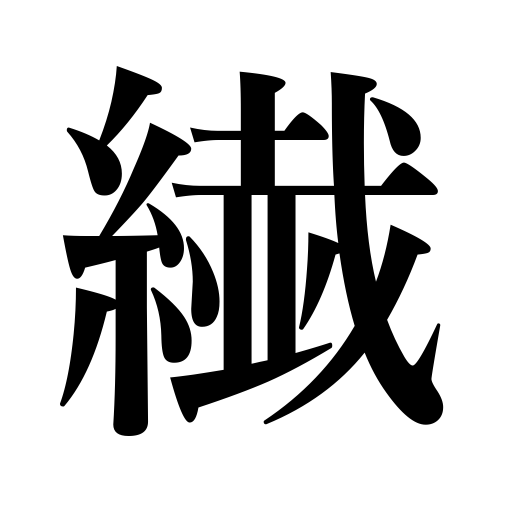
Meanings: slender,thin kimono,fine